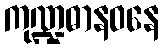
ကုဏ္ဍဓာနဝနေ